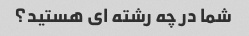
شما در چه رشته ای هستید؟